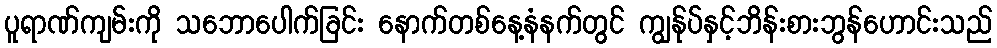
ပူရာဏ်ကျမ်းကို သဘောပေါက်ခြင်း နောက်တစ်နေ့နံနက်တွင် ကျွန်ုပ်နှင့်ဘိန်းစားဘွန်ဟောင်းသည်